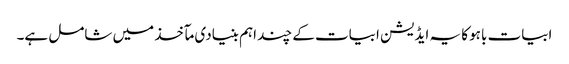
ابیات باہو کا یہ ایڈیشن ابیات کے چند اہم بنیادی مآخذ میں شامل ہے۔